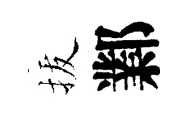
拔鄴